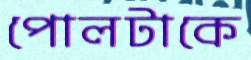
পোলটাকে